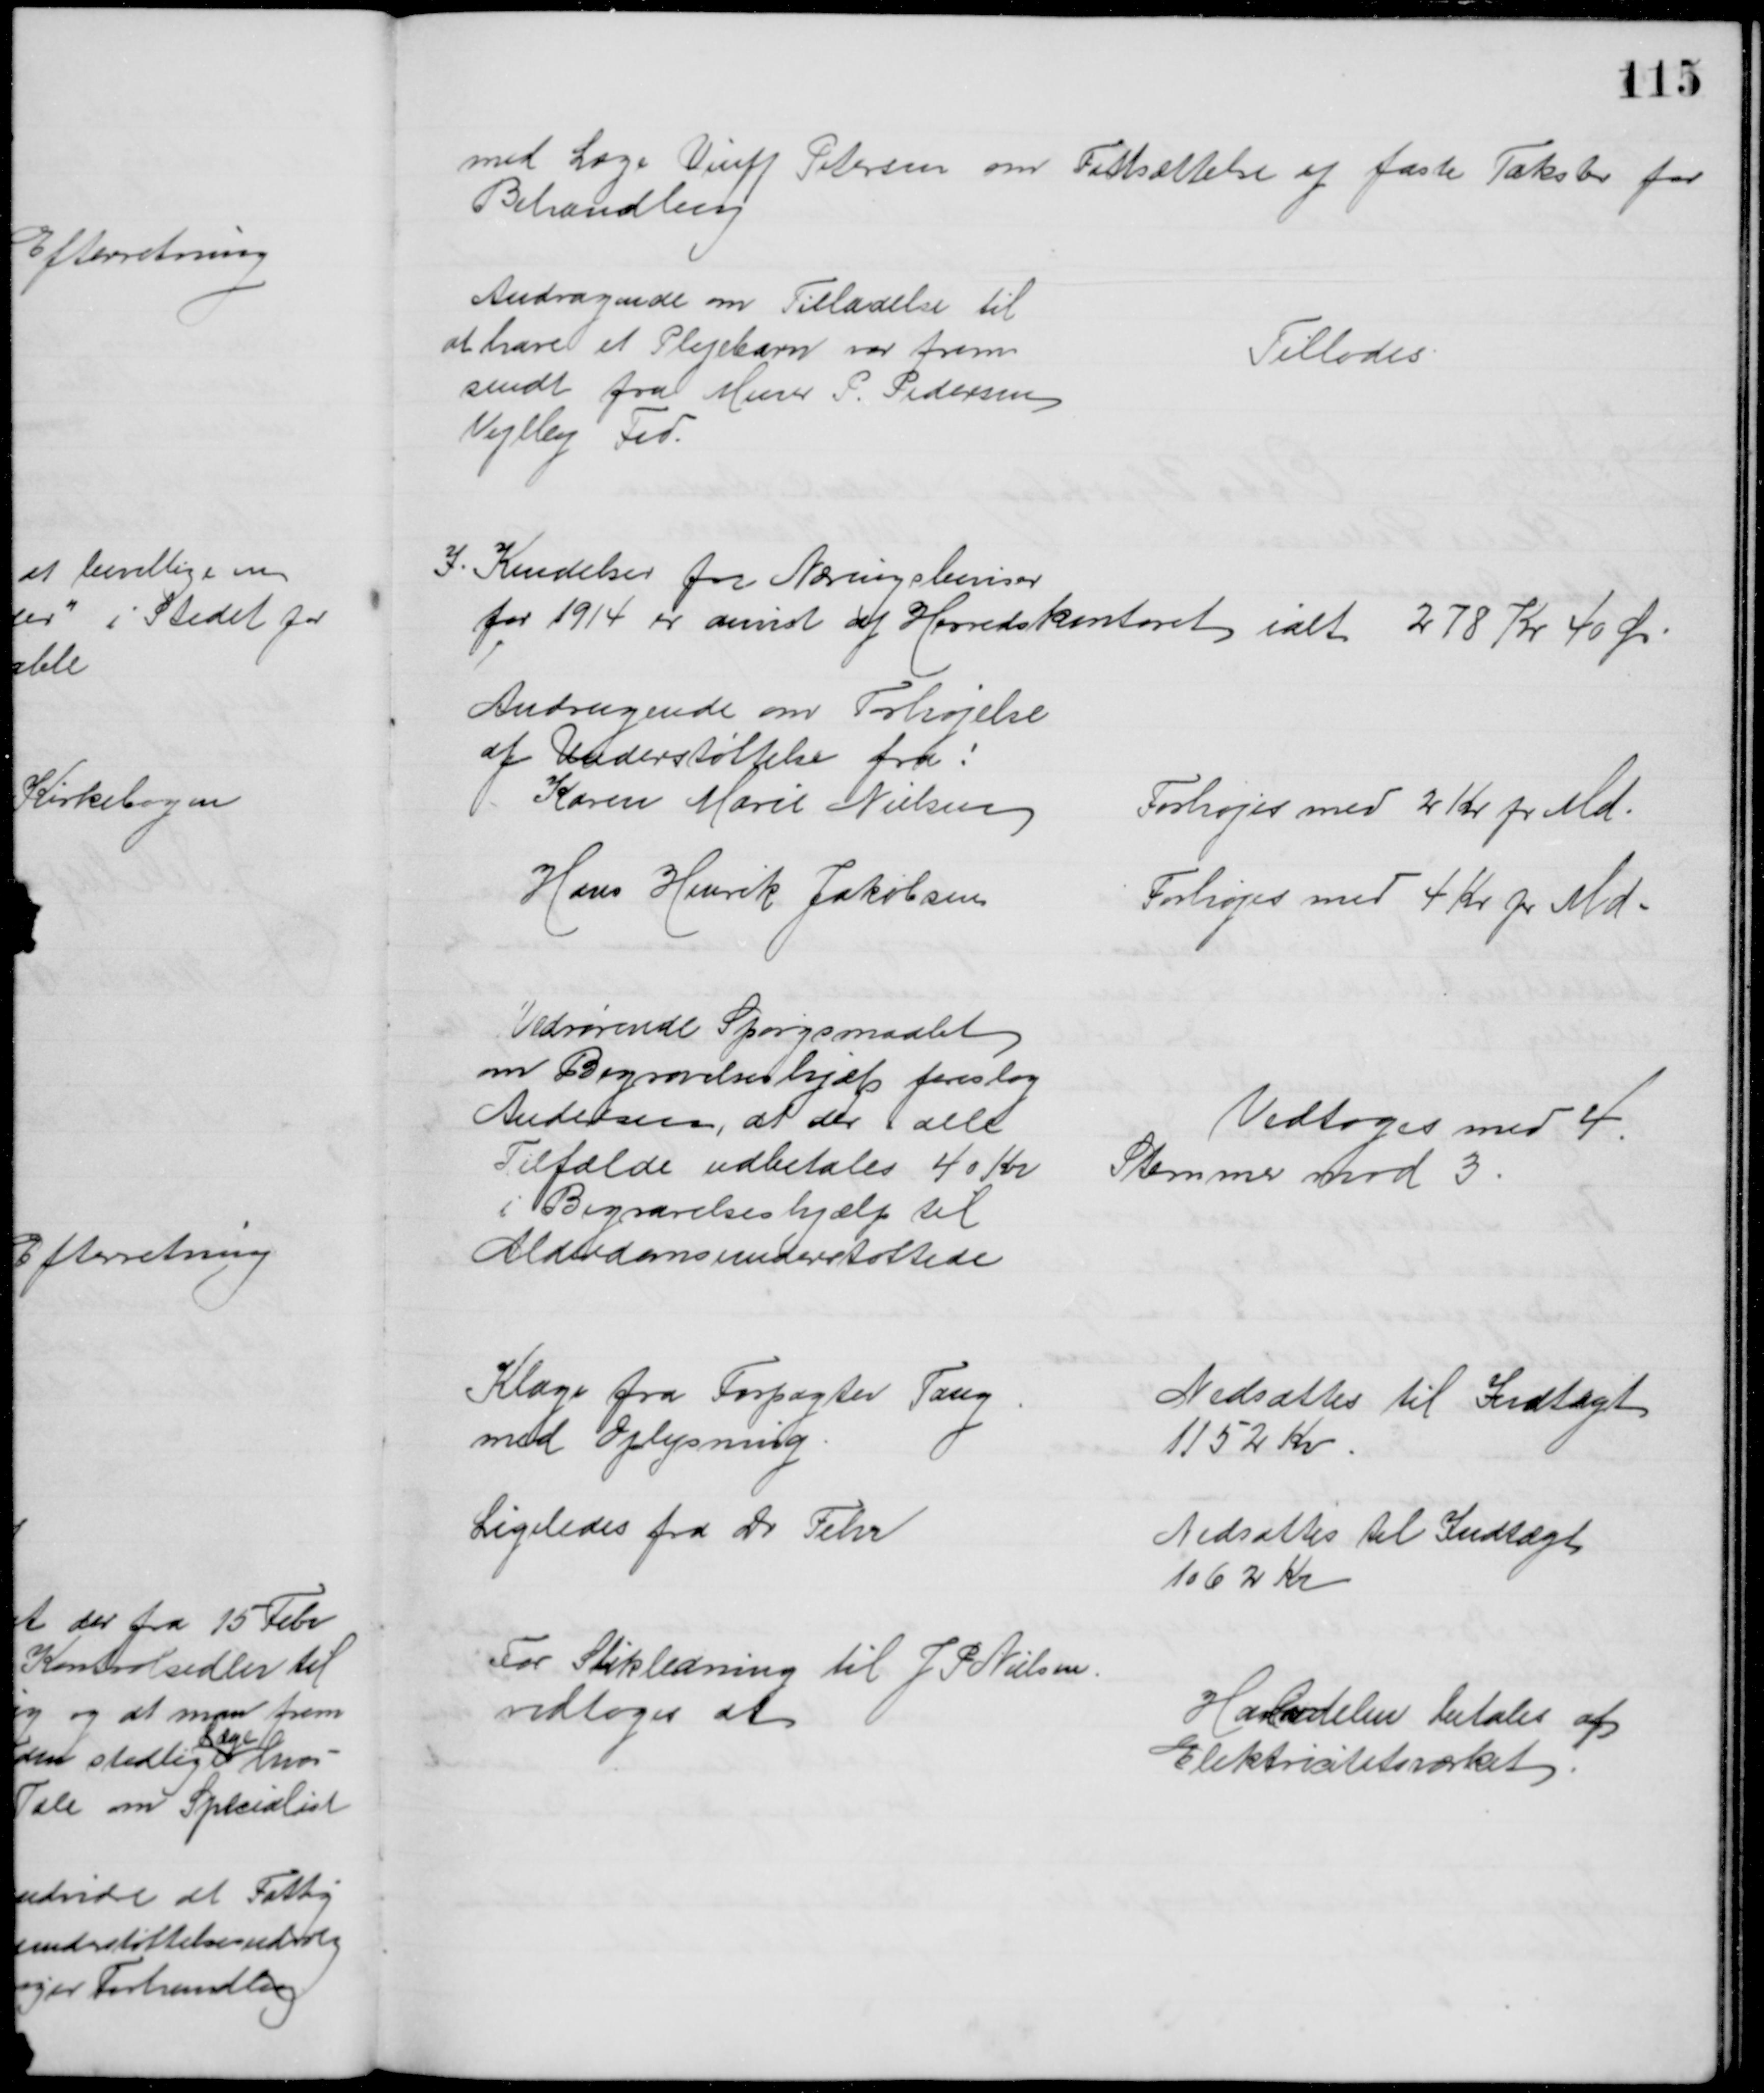
Transskription:
med Læge Viuff Petersen om Fastsættelse af faste Takster for 
Behandling
Andragende om Tilladelse til
at have et Plejebarn var frem
sendt fra Murer P. Pedersen
Vejlby Fed.
Tillodes.
I Kendelser for Næringsbeviser
for 1914 er anvist af Herredskontoret ialt 278 Kr 40 Ør
Andragende om Forhøjelse
af Understøttelse fra:
Karen Marie Nielsen
Forhøjes med 2 Kr pr Md
Hans Henrik Jakobsen
Forhøjes med 4 Kr pr Md
Vedrørende Spørgsmaalet
om Begravelseshjælp foreslog
Andersen, at der i alle
Tilfælde udbetales 40 Kr
i Begravelseshjælp til
Alderdomsunderstøttede
Vedtoges med 4
Stemmer mod 3
Klage fra Forpagter Tang
med Oplysning
Nedsættes til Indtægt
1152 Kr
Ligeledes fra Dr Fehr
Nedsættes til Indtægt
1062 Kr
For Stikledning til J P Nielsen
vedtoges at 
Halvdelen betales af
Elektrictetsværket